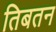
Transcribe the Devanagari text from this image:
तिबतन